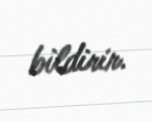
bildirir.